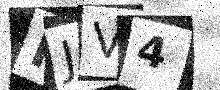
Text: MJV4